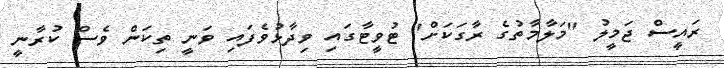
ރައީސް ޖަމީލު "މަލާމާތުގެ ރާގަކަށް" ޓުވީޓާގައި ވިދާޅުވެފައި ވަނީ ތިކަން ވެސް ކުރާނީ